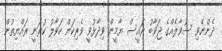
ދެންނެވި ސުވާލެއްގެ ޖަވާބު ރައީސް ޔާމީން ވިދާޅުވީ ވެރިކަން ހަވާލު ކުރަނީ ރައްޔިތުން